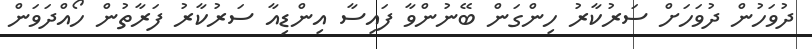
ދުވަހުން ދުވަހަށް ސަރުކާރު ހިންގަން ބޭނުންވާ ފައިސާ އިންޑިއާ ސަރުކާރު ފަރާތުން ހޯއްދަވަން